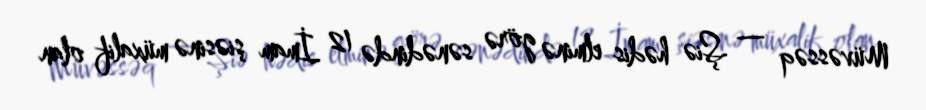
Müvəssəq — Şiə hədis elminə görə sənədində 12 İmam şiəsinə müxalif olan